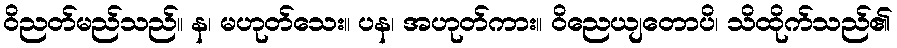
ဝိညတ်မည်သည်။ န၊ မဟုတ်သေး။ ပန၊ အဟုတ်ကား။ ဝိညေယျတောပိ၊ သိထိုက်သည်၏